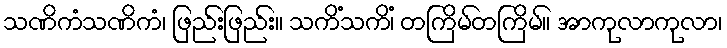
သဏိကံသဏိကံ၊ ဖြည်းဖြည်း။ သကိံသကိံ၊ တကြိမ်တကြိမ်။ အာကုလာကုလာ၊